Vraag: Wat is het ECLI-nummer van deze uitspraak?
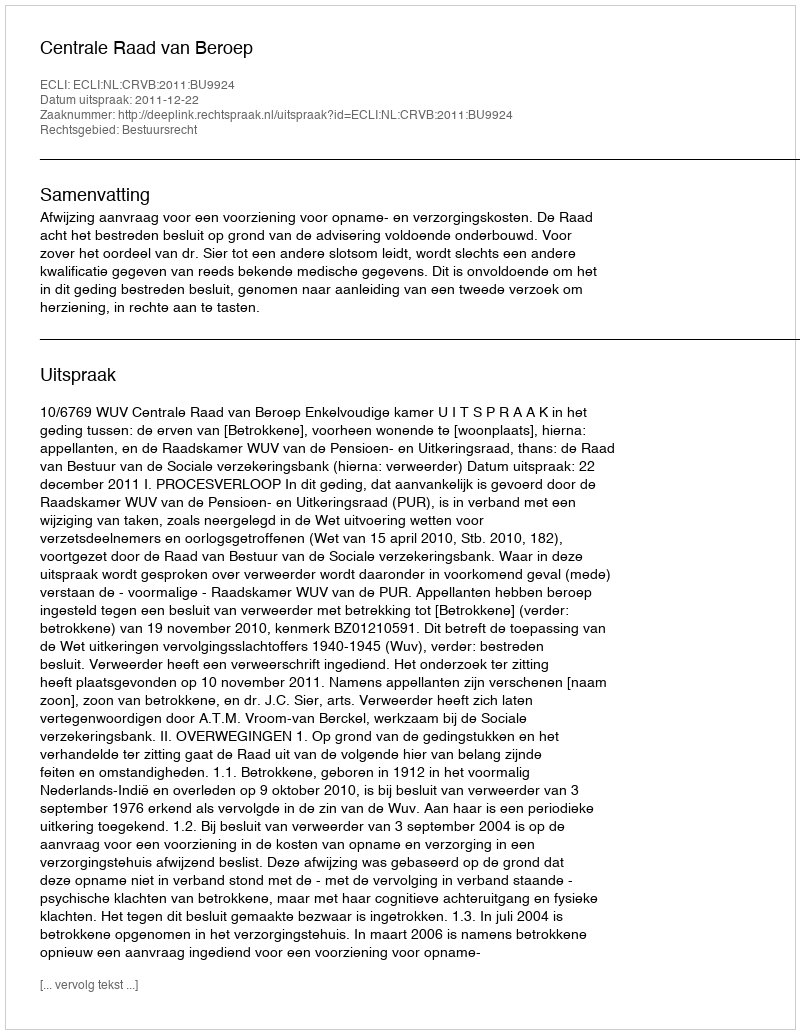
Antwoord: ECLI:NL:CRVB:2011:BU9924